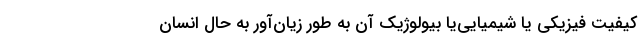
کیفیت فیزیکی یا شیمیایی‌یا بیولوژیک آن به طور زیان‌آور به حال انسان